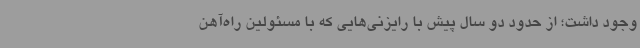
وجود داشت؛ از حدود دو سال پیش با رایزنی‌هایی که با مسئولین راه‌آهن